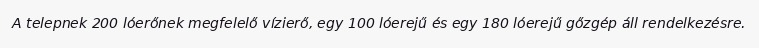
A telepnek 200 lóerőnek megfelelő vízierő, egy 100 lóerejű és egy 180 lóerejű gőzgép áll rendelkezésre.